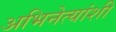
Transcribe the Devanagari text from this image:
अभिनेत्यांशी